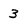
Character: 3